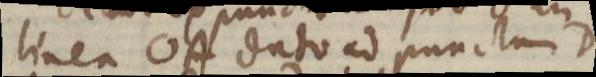
linea OA dato ad punctum D